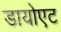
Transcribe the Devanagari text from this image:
डायोएट